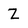
Character: Z